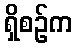
ရှိစဉ်က